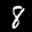
Label: 8